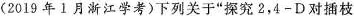
(2019年1月浙江学考)下列关于“探究2，4 - D对插枝